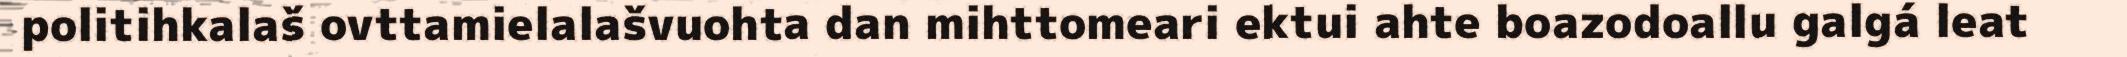
politihkalaš ovttamielalašvuohta dan mihttomeari ektui ahte boazodoallu galgá leat